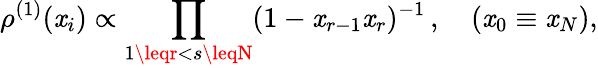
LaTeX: \rho^{(1)}(\mathit{x}_{i})\propto\prod_{1\leqr<s\leqN}(1-\mathit{x}_{r-1}\mathit{x}_{r})^{-1}\, ,\quad(\mathit{x}_{0}\equiv\mathit{x}_{N}),